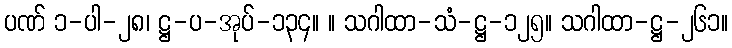
ပဏ် ၁-ပါ-၂၈၊ ဋ္ဌ-ပ-အုပ်-၁၃၄။ ။ သဂါထာ-သံ-ဋ္ဌ-၁၂၅။ သဂါထာ-ဋ္ဌ-၂၆၁။